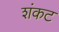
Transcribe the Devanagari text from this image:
शंकट